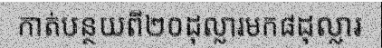
កាត់បន្ថយពី២០ដុល្លារមក៨ដុល្លារ